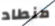
منطاد